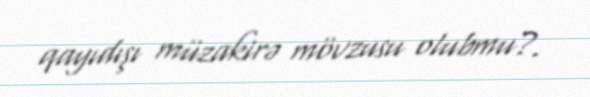
qayıdışı müzakirə mövzusu olubmu?.